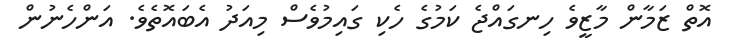
އޮތް ޒަމާން މާޒީވެ ހިނގައްޖެ ކަމުގެ ހެކި ގައިމުވެސް މިއަދު އެބައޮތެވެ. އަންހެނުން